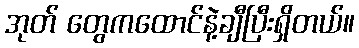
အုတ် တွေကထောင်နဲ့ချီပြီးရှိတယ်။